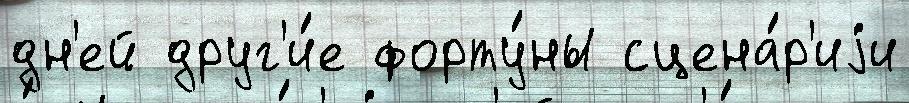
дн'ей друг'и́е форту́ны сцена́р'иjи